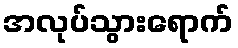
အလုပ်သွားရောက်